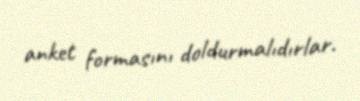
anket formasını doldurmalıdırlar.